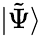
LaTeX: |\tilde{\Psi}\rangle